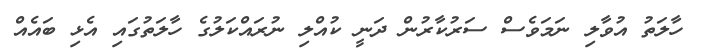
ހާލަތު އުވާލި ނަމަވެސް ސަރުކާރުން ދަނީ ކުއްލި ނުރައްކަލުގެ ހާލަތުގައި އެޅި ބައެއް